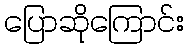
ပြောဆိုကြောင်း